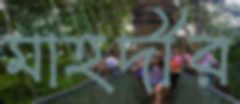
মাহদীর